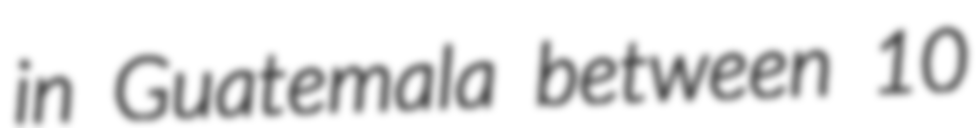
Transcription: in Guatemala between 10